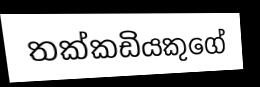
තක්කඩියකුගේ